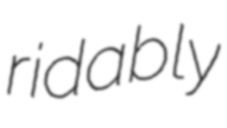
ridably